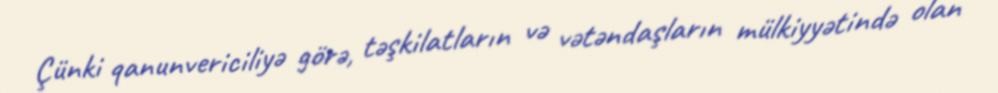
Çünki qanunvericiliyə görə, təşkilatların və vətəndaşların mülkiyyətində olan